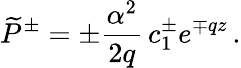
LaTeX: \widetilde{P}^{\pm}=\pm\frac{\alpha^{2}}{2q}\, c_{1}^{\pm}e^{\mp qz}\, .